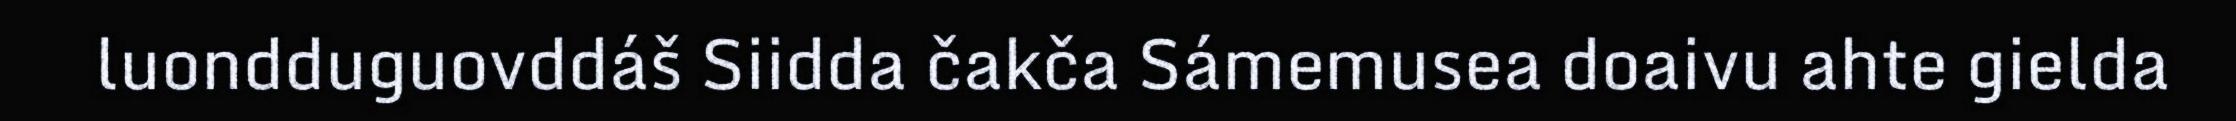
luondduguovddáš Siidda čakča Sámemusea doaivu ahte gielda